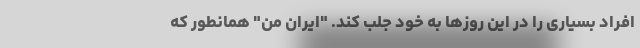
افراد بسیاری را در این روزها به خود جلب کند. "ایران من" همانطور که